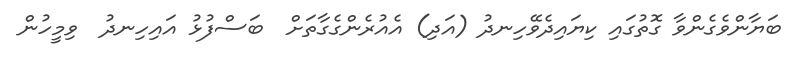
ބަޔާންވެގެންވާ ގޮތުގައި ކިޔައިދެވޭހިނދު (އަދި) އެއުރެންގެގާތަށް  ބަސްފުޅު އައިހިނދު  ވިމީހުން